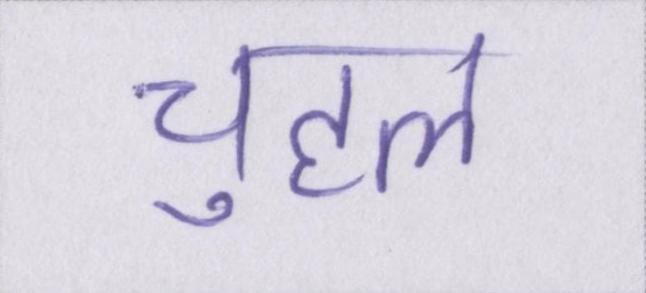
चुहल